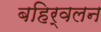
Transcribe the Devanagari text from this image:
बहिर्वलन